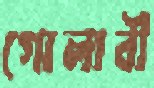
গোলাবী